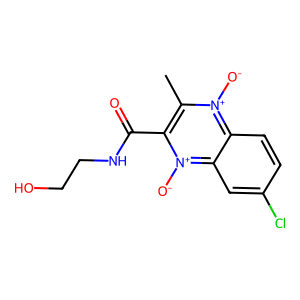
SMILES: Cc1c(C(=O)NCCO)[n+]([O-])c2cc(Cl)ccc2[n+]1[O-]
Inhibits HIV replication: No